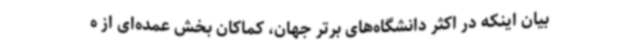
بیان اینکه در اکثر دانشگاه‌های برتر جهان، کماکان بخش عمده‌ای از ه